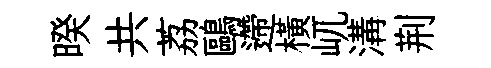
暌共荔鷗遰横屼溝荆